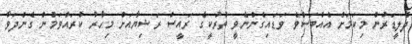
ދެލީޑަރުން މިކަމަށް އެއްބަސްވެ ވަޑައިގެންނެވީ ތުރުކީގެ ރައީސް ރަޝިޔާއަށް މިހާރު ކުރައްވަމުން ގެންދަވާ